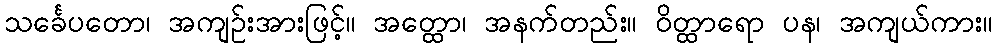
သင်္ခေပတော၊ အကျဉ်းအားဖြင့်။ အတ္ထော၊ အနက်တည်း။ ဝိတ္ထာရော ပန၊ အကျယ်ကား။